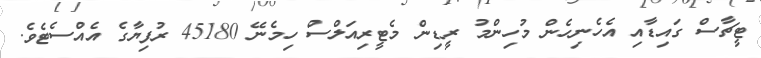
ޓީޗާސް ގައިޑާއި އެހެނިހެން މުހިންމު ރީޑިން މެޓީރިއަލްސް ހިމެނޭ 45180 ރުފިޔާގެ އެއްސެޓެވެ.